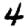
Digit: 4